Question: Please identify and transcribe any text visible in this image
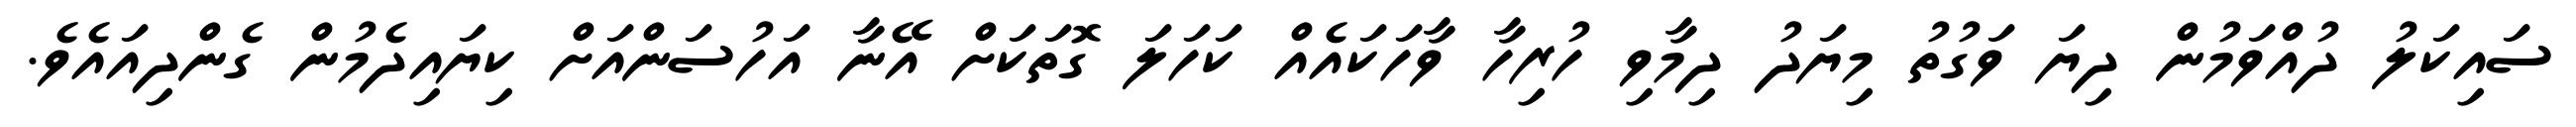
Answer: ސައިކަލު ދުއްވަމުން ދިޔަ ވަގުތު މިޔަދު ދިމާވި ހުރިހާ ވާހަކައެއް ކަހަލަ ގޮތަކަށް އޭނާ އަހުސަންއަށް ކިޔައިދެމުން ގެންދިއައެވެ.